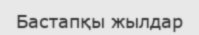
Бастапқы жылдар